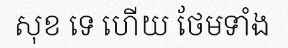
សុខ ទេ ហើយ ថែមទាំង